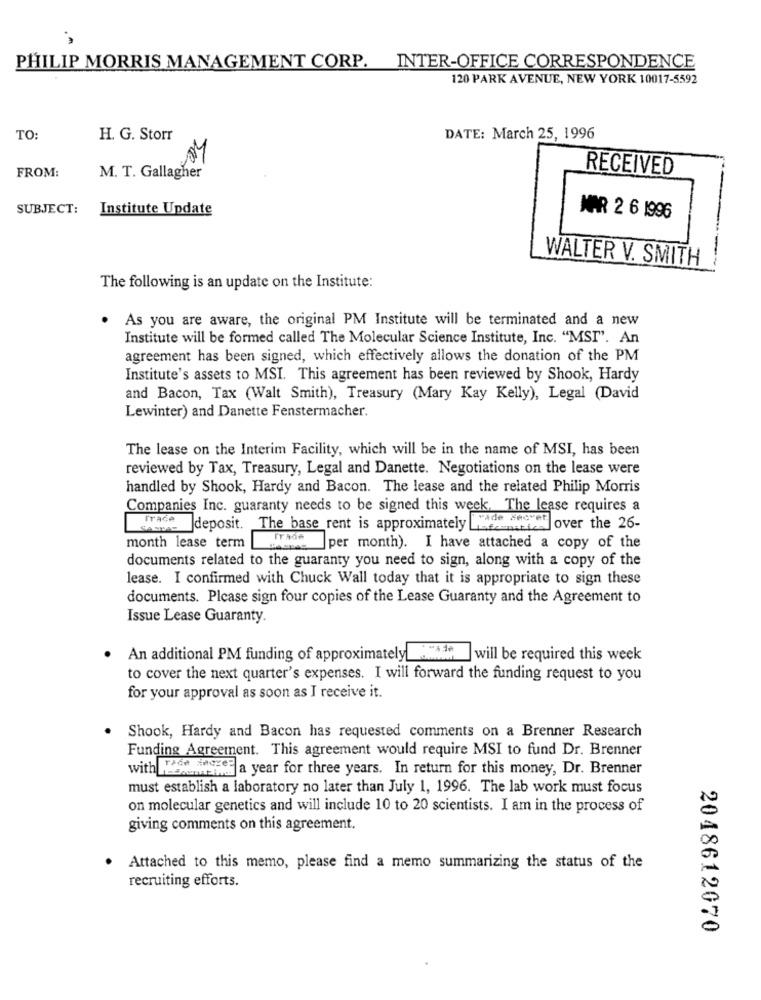
PHILIP MORRIS MANAGEMENT CORP. INTER-OFFICE CORRESPONDENCE
120 PARK AVENUE, NEW YORK 10017-5592
TO:
H. G. Storr
DATE: March 25, 1996
FROM:
RECEIVED
M. T. Gallagher
SUBJECT:
Institute Update
MAR 2 6 1996
-
WALTER V. SMITH
The following is an update on the Institute:
As you are aware, the original PM Institute will be terminated and a new
Institute will be formed called The Molecular Science Institute, Inc. "MSI". An
agreement has been signed, which effectively allows the donation of the PM
Institute's assets to MSI. This agreement has been reviewed by Shook, Hardy
and Bacon, Tax (Walt Smith), Treasury (Mary Kay Kelly), Legal (David
Lewinter) and Danette Fenstermacher.
The lease on the Interim Facility, which will be in the name of MSI, has been
reviewed by Tax, Treasury, Legal and Danette. Negotiations on the lease were
handled by Shook, Hardy and Bacon. The lease and the related Philip Morris
Companies Inc. guaranty needs to be signed this week. The lease requires a
FaTase deposit. The base rent is approximately de were over the 26-
Trade
month lease term
2 per month). I have attached a copy of the
documents related to the guaranty you need to sign, along with a copy of the
lease. I confirmed with Chuck Wall today that it is appropriate to sign these
documents. Please sign four copies of the Lease Guaranty and the Agreement to
Issue Lease Guaranty.
An additional PM funding of approximately_o
I will be required this week
to cover the next quarter's expenses. I will forward the funding request to you
for your approval as soon as I receive it.
Shook, Hardy and Bacon has requested comments on a Brenner Research
Funding Agreement. This agreement would require MSI to fund Dr. Brenner
with Wennsie a year for three years. In return for this money, Dr. Brenner
must establish a laboratory no later than July 1, 1996. The lab work must focus
on molecular genetics and will include 10 to 20 scientists. I am in the process of
giving comments on this agreement.
Attached to this memo, please find a memo summarizing the status of the
recruiting efforts.
2048612070